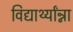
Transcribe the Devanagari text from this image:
विद्यार्थ्यांन्ना